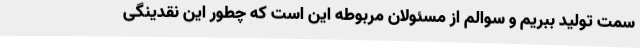
سمت تولید ببریم و سوالم از مسئولان مربوطه این است که چطور این نقدینگی